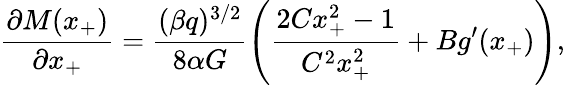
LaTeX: \frac{\partial M(x_{+})}{\partial x_{+}}=\frac{(\beta q)^{3/2}}{8\alpha G}\left(\frac{2Cx_{+}^{2}-1}{C^{2}x_{+}^{2}}+Bg^{\prime}(x_{+})\right),